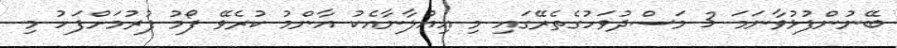
ބޭނުންފުޅުވާނަމަ 3 މަސްދުވަހުގެތެރޭގައި މި އިއުލާނާއެކު އާންމު ކުރެވޭ ފޯމު ފުރުމަށްފަހު މި